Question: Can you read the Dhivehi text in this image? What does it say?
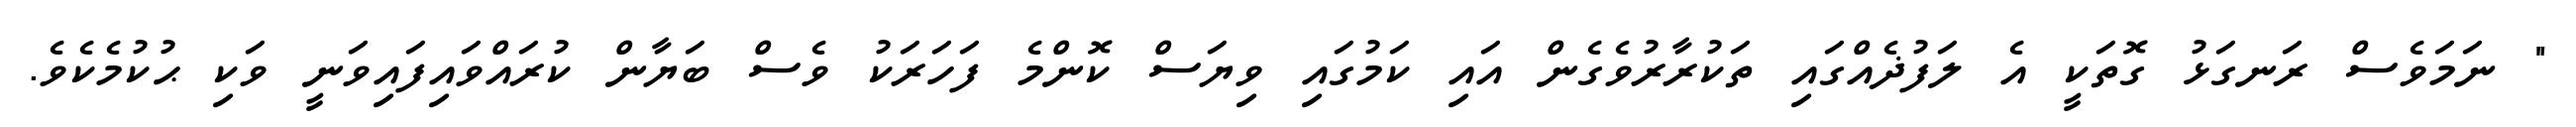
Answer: " ނަމަވެސް ރަނގަޅު ގޮތަކީ އެ ލަފުޛެއްގައި ތަކުރާރުވެގެން އައި ކަމުގައި ވިޔަސް ކޮންމެ ފަހަރަކު ވެސް ބަޔާން ކުރައްވައިފައިވަނީ ވަކި ޙުކުމެކެވެ.